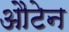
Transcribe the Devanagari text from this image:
औटेन